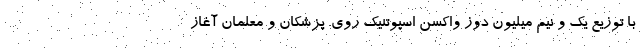
با توزیع یک و نیم میلیون دوز واکسن اسپوتنیک روی. پزشکان و معلمان آغاز